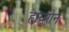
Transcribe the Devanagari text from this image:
ह्ययुगेन